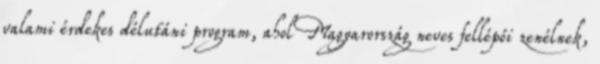
valami érdekes délutáni program, ahol Magyarország neves fellépői zenélnek,